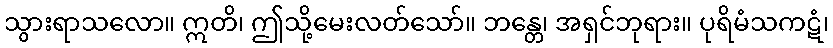
သွားရာသလော။ ဣတိ၊ ဤသို့မေးလတ်သော်။ ဘန္တေ၊ အရှင်ဘုရား။ ပုရိမံသကဋံ၊